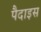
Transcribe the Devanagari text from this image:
पैदाइस